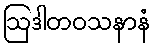
ဩဒါတဝသနာနံ